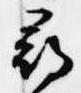
尋